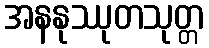
အနနုဿုတသုတ္တ